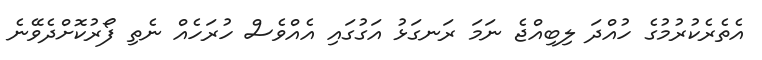
އެތެރެކުރުމުގެ ހުއްދަ ލިބިއްޖެ ނަމަ ރަނގަޅު އަގުގައި އެއްވެސް ހުރަހެއް ނެތި ފޯރުކޮށްދެވޭނެ